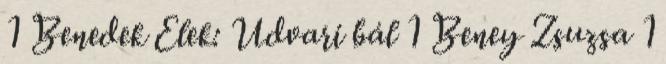
1 Benedek Elek: Udvari bál 1 Beney Zsuzsa 1